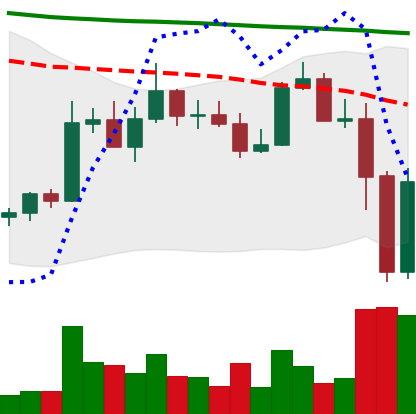
Ticker: ADA-USD
Chart end date: 2022-11-10
Forward return: -8.664%
Label: down_7plus